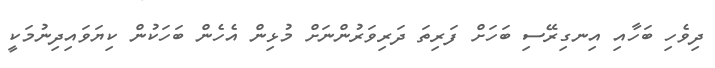
ދިވެހި ބަހާއި އިނގިރޭސި ބަހަށް ފަރިތަ ދަރިވަރުންނަށް މުޅިން އެހެން ބަހަކުން ކިޔަވައިދިނުމަކީ